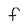
Character: f